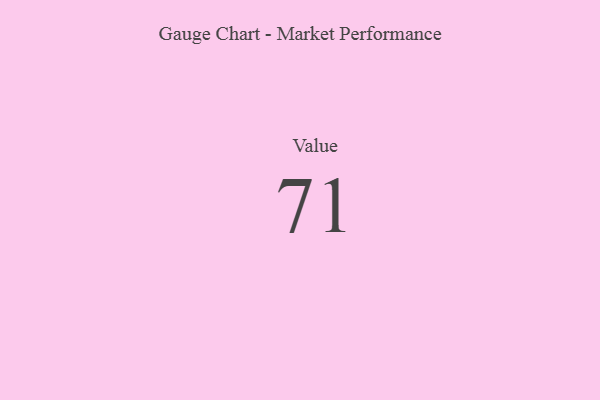
{"axis": {"x": "Metric", "y": "Value"}, "legend": [""], "data": [{"x": "Value", "y": 71, "type": ""}]}